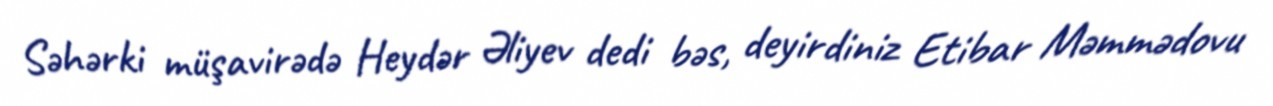
Səhərki müşavirədə Heydər Əliyev dedi bəs, deyirdiniz Etibar Məmmədovu